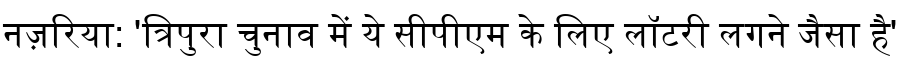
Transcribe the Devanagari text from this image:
नज़रिया: 'त्रिपुरा चुनाव में ये सीपीएम के लिए लॉटरी लगने जैसा है'